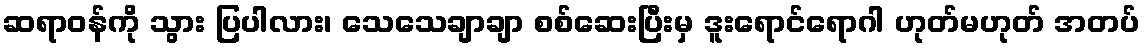
ဆရာဝန်ကို သွား ပြပါလား၊ သေသေချာချာ စစ်ဆေးပြီးမှ ဒူးရောင်ရောဂါ ဟုတ်မဟုတ် အတပ်